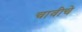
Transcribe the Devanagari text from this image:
चावीचे